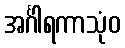
အင်္ဂါရကာသုံဝ